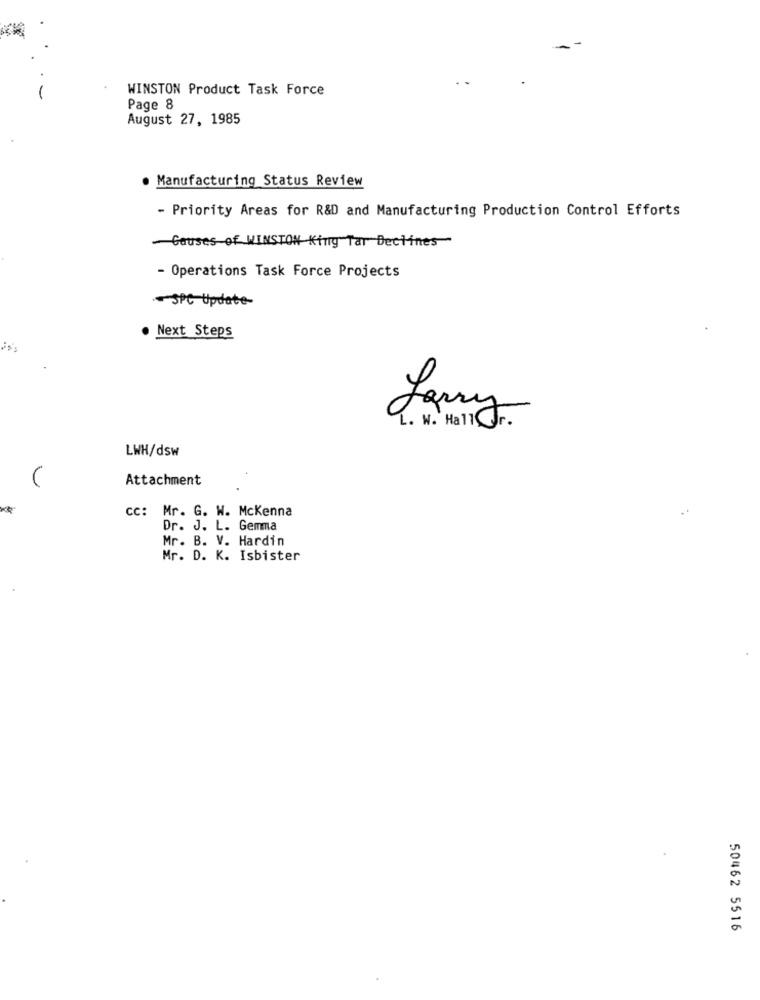
WINSTON Product Task Force
Page 8
August 27, 1985
. Manufacturing Status Review
- Priority Areas for R&D and Manufacturing Production Control Efforts
-Causes of WINSTON King Tar Declines
- Operations Task Force Projects
-SPC Update-
Next Steps
L. W. Hall Jr.
Larry
LWH/dsw
Attachment
cc: Mr. G. W. Mckenna
Dr. J. L. Gemma
Mr. B. V. Hardin
Mr. D. K. Isbister
50462 5516